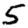
Digit: 5